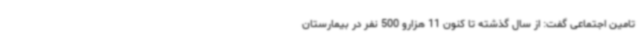
تامین اجتماعی گفت: از سال گذشته تا کنون 11 هزارو 500 نفر در بیمارستان